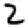
Digit: 2